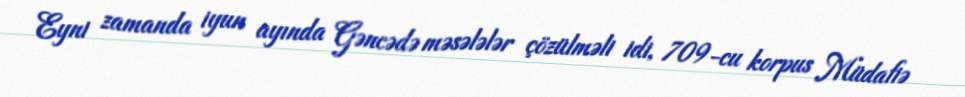
Eyni zamanda iyun ayında Gəncədə məsələlər çözülməli idi, 709-cu korpus Müdafiə